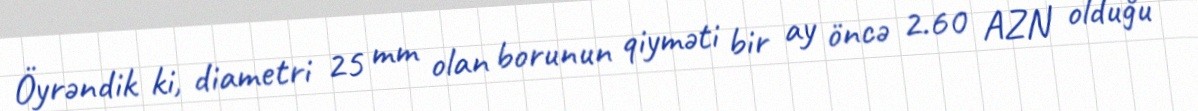
Öyrəndik ki, diametri 25 mm olan borunun qiyməti bir ay öncə 2.60 AZN olduğu